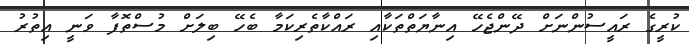
ކުރީގެ ރައީސުންނަށް ދޭންޖެހޭ އިނާޔަތްތަކާއި ރައްކާތެރިކަމާ ބެހޭ ބިލަށް މުސްތޮފާ ވަނީ އިތުރު